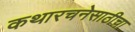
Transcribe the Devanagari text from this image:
कथारचनेसाठीचा